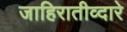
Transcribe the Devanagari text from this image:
जाहिरातीव्दारे